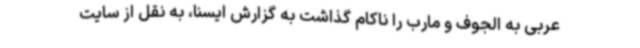
عربی به الجوف و مارب را ناکام گذاشت به گزارش ایسنا، به نقل از سایت